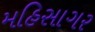
મહિસાગર